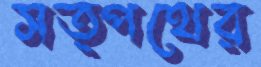
সত্পথের